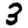
Digit: 3